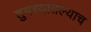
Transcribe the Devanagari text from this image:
तुमच्यातल्याच